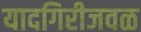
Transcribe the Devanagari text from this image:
यादगिरीजवळ